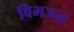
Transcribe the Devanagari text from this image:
विभजन